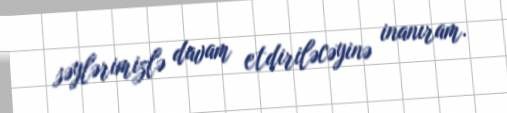
səylərimizlə davam etdiriləcəyinə inanıram.